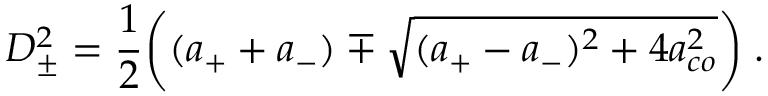
D _ { \pm } ^ { 2 } = \frac { 1 } { 2 } \bigg ( ( a _ { + } + a _ { - } ) \mp \sqrt { ( a _ { + } - a _ { - } ) ^ { 2 } + 4 a _ { c o } ^ { 2 } } \bigg ) \; .